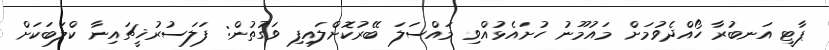
ޕާޓީ އަނބުރާ ހޯއްދެވުމަށް މައުމޫނު ހުށައެޅުއްވި މައްސަލަ ބޭރުކޮށްލައިފި ވަގުތުން: ފަލަސުރުޚީޗައިނާ ކްލަބަކަށް